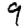
Digit: 9